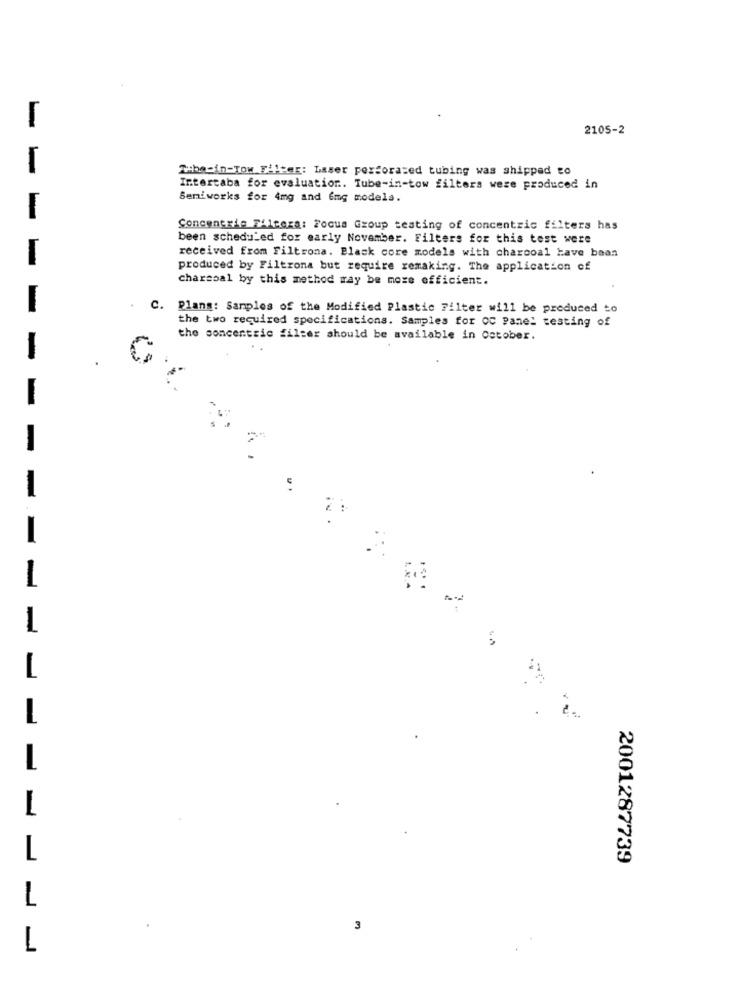
-
2105-2
-
Tubecin-Tow Filter: Laser perforated tubing was shipped to
Intertaba for evaluation .. Tube-in-tow filters were produced in
Semiworks for 4mg and img models.
-
Concencrie Filtera: Focus Group testing of concentric filters has
been scheduled for early November. Filters for this test were
1
received from Filtrona. Black core models with charcoal have been
produced by Filtrona but require remaking. The application of
charcoal by this method may be more efficient.
C. Plans: Samples of the Modified Plastic Filter will be produced to
the two required specifications. Samples for oC Panel testing of
the soncentric filter should be available in October.
-
-
1
L
L.
2001287739
L
3
1